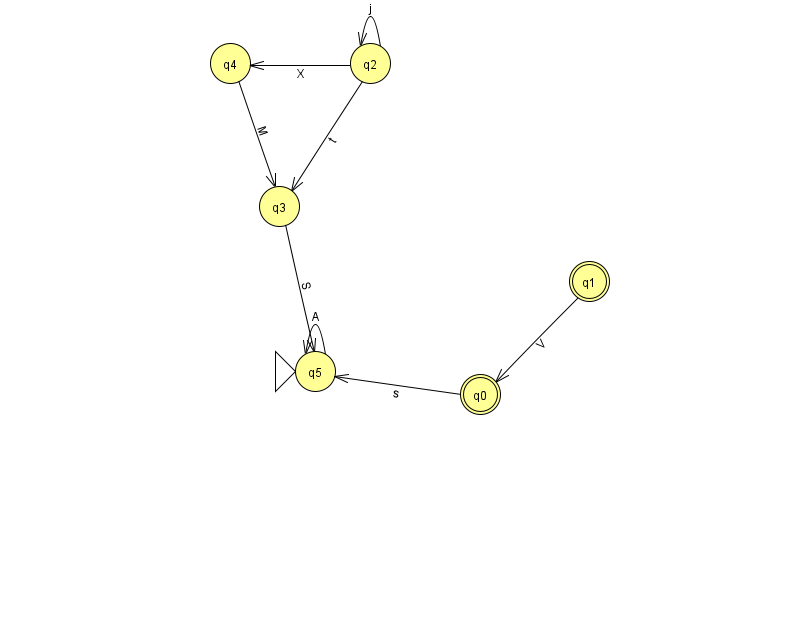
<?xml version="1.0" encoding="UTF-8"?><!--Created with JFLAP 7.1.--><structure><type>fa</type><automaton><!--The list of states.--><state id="0" name="q0"><x>480.0</x><y>381.0</y><final/></state><state id="1" name="q1"><x>589.0</x><y>268.0</y><final/></state><state id="2" name="q2"><x>370.0</x><y>50.0</y></state><state id="3" name="q3"><x>279.0</x><y>193.0</y></state><state id="4" name="q4"><x>230.0</x><y>50.0</y></state><state id="5" name="q5"><x>315.0</x><y>358.0</y><initial/></state><!--The list of transitions.--><transition><from>5</from><to>5</to><read>A</read></transition><transition><from>2</from><to>3</to><read>t</read></transition><transition><from>2</from><to>4</to><read>X</read></transition><transition><from>0</from><to>5</to><read>s</read></transition><transition><from>2</from><to>2</to><read>j</read></transition><transition><from>3</from><to>5</to><read>S</read></transition><transition><from>4</from><to>3</to><read>M</read></transition><transition><from>1</from><to>0</to><read>V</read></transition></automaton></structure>